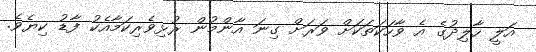
އަލީ ހާލިދުގެ އެ ވާހަކަތަކަށް ވަރަށް ގިނަ އާންމުން ރުޅިވެރިކަމާއެކު ފާޑު ކިޔެވެ.